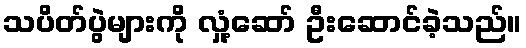
သပိတ်ပွဲများကို လှုံ့ဆော် ဦးဆောင်ခဲ့သည်။